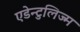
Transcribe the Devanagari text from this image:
एडेन्टुलिज्म